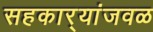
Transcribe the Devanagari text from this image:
सहकार्‍यांजवळ